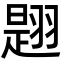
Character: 𦑡